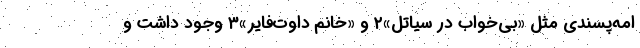
امه‌پسندی مثل «بی‌خواب در سیاتل»۲ و «خانم داوت‌فایر»۳ وجود داشت و